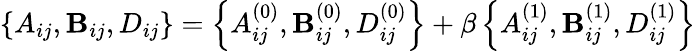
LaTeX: \left\{ {A}_{ij},{\mathbf{B}}_{ij},{D}_{ij}\right\} =\left\{ {A}_{ij}^{(0)},{\mathbf{B}}_{ij}^{(0)},{D}_{ij}^{(0)}\right\} +\beta\left\{ {A}_{ij}^{(1)},{\mathbf{B}}_{ij}^{(1)},{D}_{ij}^{(1)}\right\}